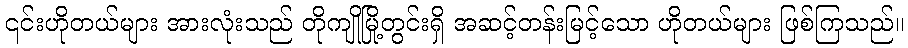
၎င်းဟိုတယ်များ အားလုံးသည် တိုကျိုမြို့တွင်းရှိ အဆင့်တန်းမြင့်သော ဟိုတယ်များ ဖြစ်ကြသည်။